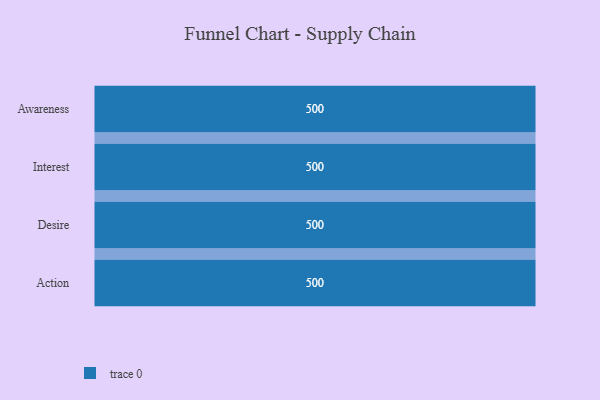
{"axis": {"x": "Stage", "y": "Value"}, "legend": [""], "data": [{"x": "Awareness", "y": 500, "type": ""}, {"x": "Interest", "y": 500, "type": ""}, {"x": "Desire", "y": 500, "type": ""}, {"x": "Action", "y": 500, "type": ""}]}